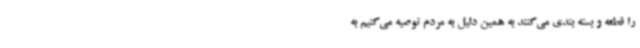
را قطعه و بسته بندی می‌کنند به همین دلیل به مردم توصیه می‌کنیم به